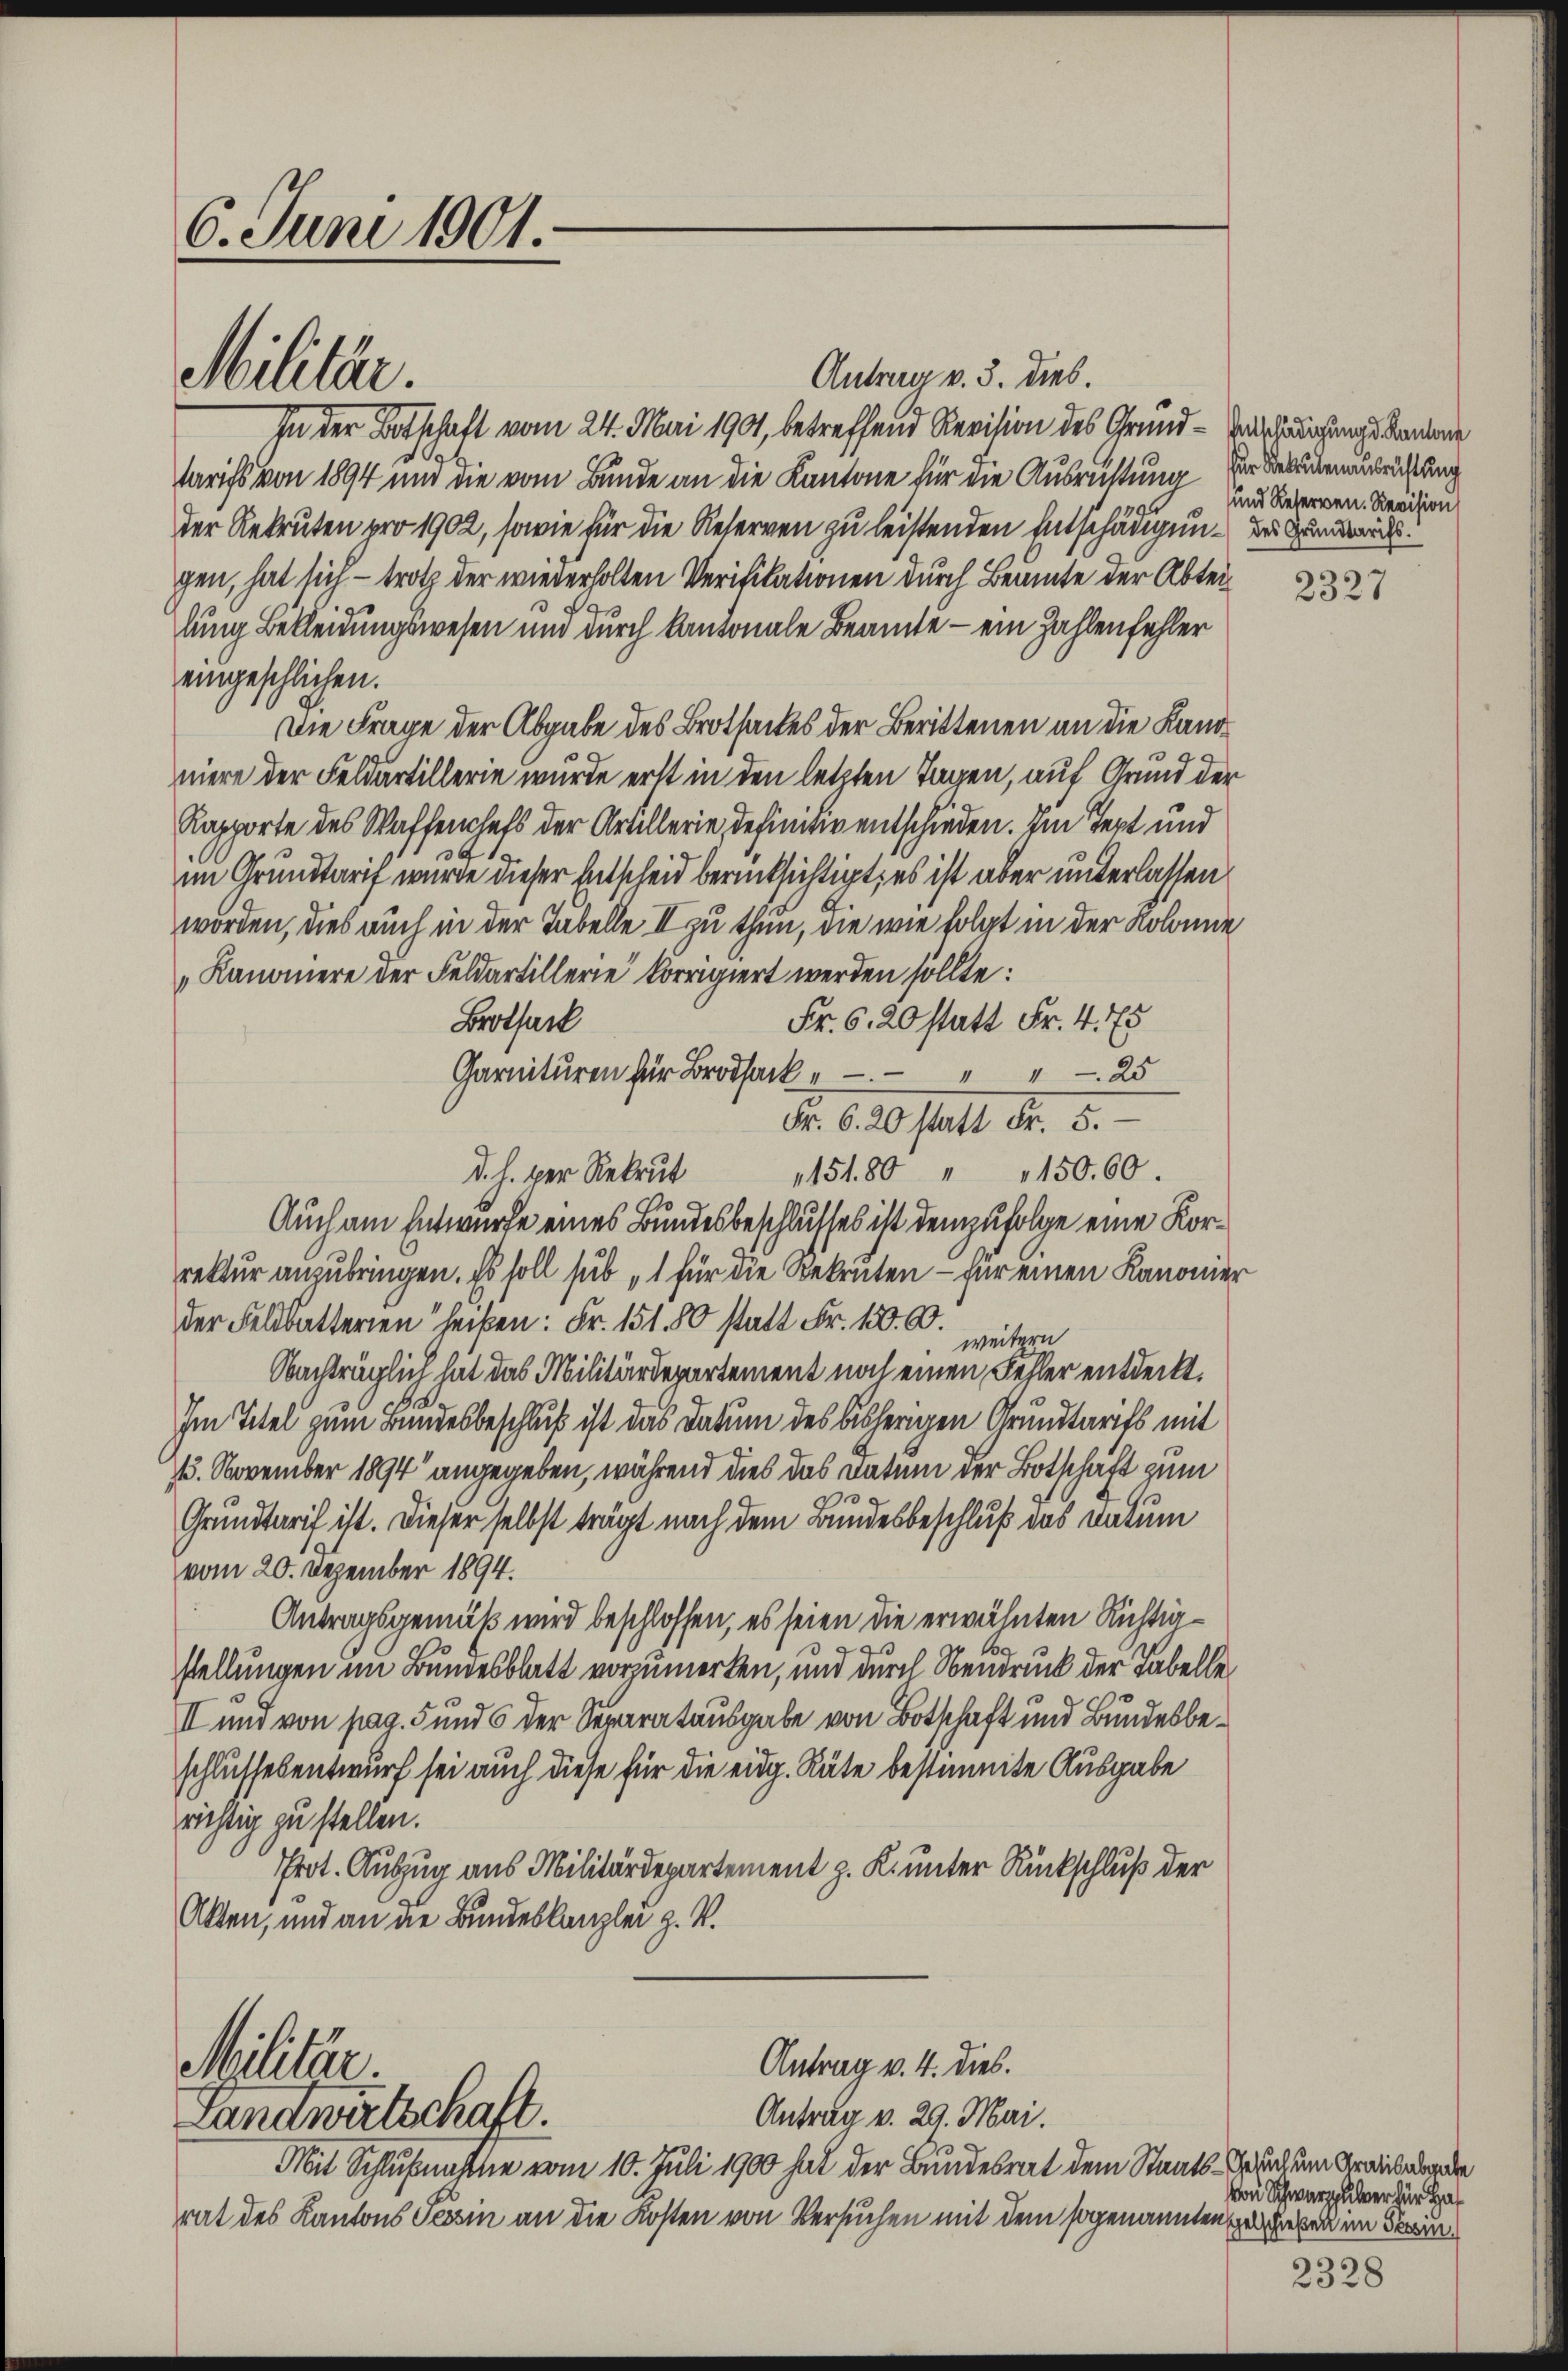
6. Juni 1901.

Antrag v. 3. dies.
In der Botschaft vom 24. Mai 190, betreffend Revision des Grund-Verhädigungs kenne
tarifs von 1894 und die vom Bunde an die Kantone für die Ausrichtung zur Verüberausrichtung
der Rekruten pro 1902, sowie für die Reserven zu leistenden Entschädigung des Grunddi
gen, hat sich - trotz der wiederholten Verifikationen durch Beamte der Abteilung Bekleidungswesen und durch Kantonale Beamte – ein Zahlenfehler
eingeschlichen.
Die Frage der Abgabe des Brotsackes der Berittenen an die Landniere der Feldartillerie wurde erst in den letzten Tagen, auf Grund der
Rapporte des Waffenchefs der Artillerie, definitiv entschieden. Im Text und
341
im Grundtarif wurde dieser Entscheid berücksichtigt, es ist aber unterlassen
worden, dies auch in der Tabelle II zu thun, die wie folgt in der Kolonie
Kanoniere der Feldartillerie korrigiert werden sollte:
Fr. 6. 20 statt Fr. 4. 75
Brotfack
Carnituren für Brosack " " " 25
Fr. 6. 20 statt. d. 5.
d. h. per Rekrut 15180 " 15000.
Auch am Entwurfe eines Bundesbeschlusses ist demzufolge eine Korrektur anzubringen. Es soll sub „1 für die Rekruten – für einen Kanonier
der Feldbatterien“ heißen: Fr. 151. 80 statt Fr. 130. 60.
weitern
Nachträglich hat das Militärdepartement noch einen Fehler entdeckt.
Im Titel zum Bundesbeschluß ist das Datum des bisherigen Grundtarifs mit
1. November 1894 angegeben, während dies das Datum der Botschaft zum
¬
Grundtarif ist. Dieser selbst trägt nach dem Bundesbeschluß das Datum
vom 20. Dezember 1894.
Antragsgemäß wird beschlossen, es seien die erwähnten Richtig¬
.
stellungen im Bundesblatt vorzumerken, und durch Neudruck der Tabelle
II und von pag. 5 und 6 der Separatausgabe von Botschaft und Bundesbeschlussesentwurf sei auch diese für die eidg. Räte bestimmte Ausgabe
richtig zu stellen.
Prot. Auszug aus Militärdepartement z. K. unter Rückschluß der
Alten, und an die Bundeskanzlei z. V.

Militär

Antrag v. 4. dies.
Militär
Antrag v. 29. Mai.
Landwirtschaft.

Mit Schlußnahme vom 10. Juli 1900 hat der Bundesrat dem Staats-Gesuch um Grade
rat des Kantons Tessin an die Kosten von Versuchen mit dem sogenannten geben im Fran¬

und Reterven. Revision

2327

von Schwarzuber für Haf

2328